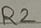
Text: R2